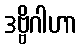
ဒဗ္ဗိဂါဟာ